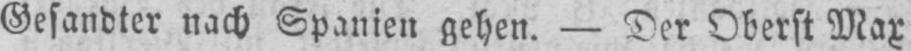
Gesandter nach Spanien gehen. - Der Oberst Max